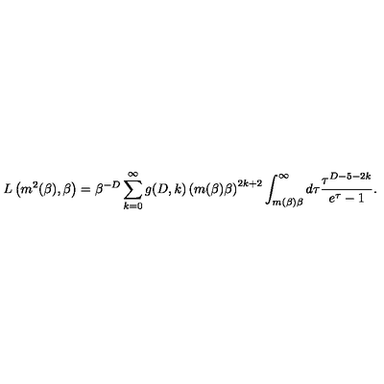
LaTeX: L \left( m ^ { 2 } ( \beta ) , \beta \right) = \beta ^ { - D } \sum _ { k = 0 } ^ { \infty } g ( D , k ) \left( m ( \beta ) \beta \right) ^ { 2 k + 2 } \int _ { m ( \beta ) \beta } ^ { \infty } d \tau \frac { \tau ^ { D - 5 - 2 k } } { e ^ { \tau } - 1 } .